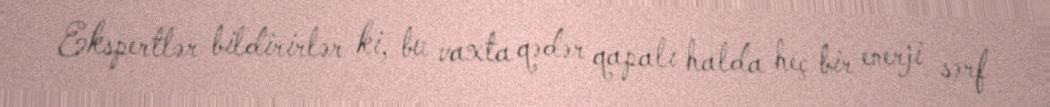
Ekspertlər bildirirlər ki, bu vaxta qədər qapalı halda heç bir enerji sərf